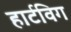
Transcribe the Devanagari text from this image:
हार्टविग